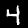
Label: 4